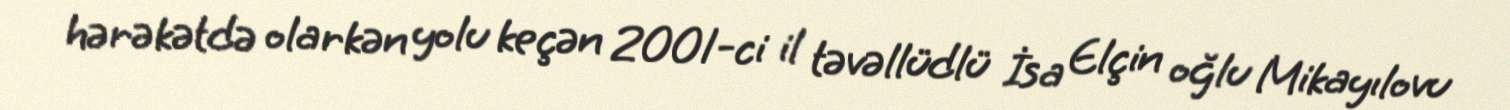
hərəkətdə olarkən yolu keçən 2001-ci il təvəllüdlü İsa Elçin oğlu Mikayılovu